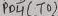
Text: PB4